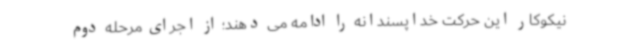
نیکوکار این حرکت خداپسندانه را ادامه می دهند؛ از اجرای مرحله دوم